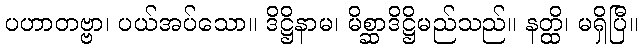
ပဟာတဗ္ဗာ၊ ပယ်အပ်သော။ ဒိဋ္ဌိနာမ၊ မိစ္ဆာဒိဋ္ဌိမည်သည်။ နတ္ထိ၊ မရှိပြီ။